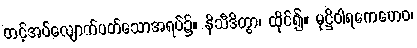
တင့်အပ်လျောက်ပတ်သောအရပ်၌။ နိသီဒိတွာ၊ ထိုင်၍။ မုဋ္ဌိဝါရကေဟေဝ၊